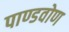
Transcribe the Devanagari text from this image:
पाण्डवोण